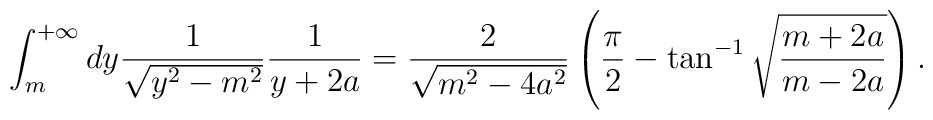
\int_{m}^{+\infty}dy \frac{1}{\sqrt{y^2 - m^2}}\frac{1}{y+2a}=   \frac{2}{\sqrt{m^2 - 4a^2}}\left(   \frac{\pi}{2}-\tan^{-1}\sqrt{\frac{m+2a}{m-2a}}\right).